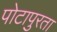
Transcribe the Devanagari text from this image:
पोटापुरता